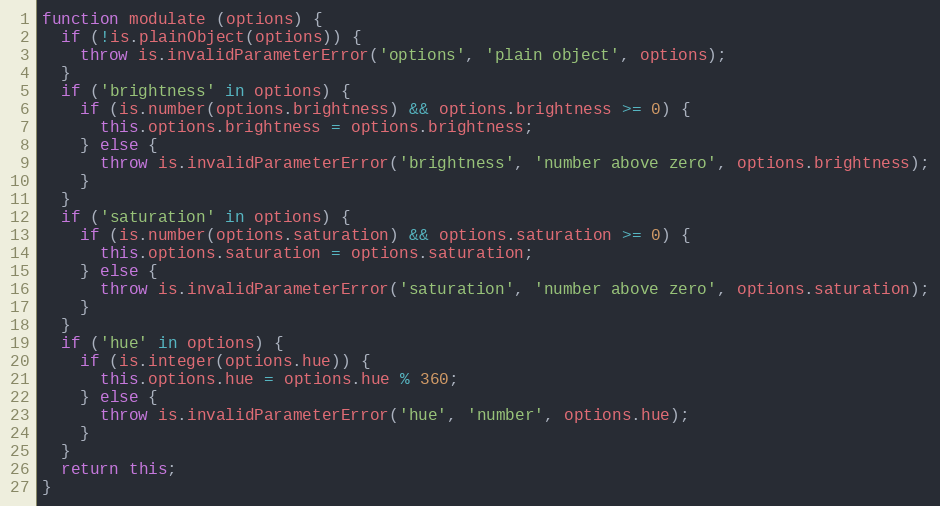
Language: JavaScript
function modulate (options) {
  if (!is.plainObject(options)) {
    throw is.invalidParameterError('options', 'plain object', options);
  }
  if ('brightness' in options) {
    if (is.number(options.brightness) && options.brightness >= 0) {
      this.options.brightness = options.brightness;
    } else {
      throw is.invalidParameterError('brightness', 'number above zero', options.brightness);
    }
  }
  if ('saturation' in options) {
    if (is.number(options.saturation) && options.saturation >= 0) {
      this.options.saturation = options.saturation;
    } else {
      throw is.invalidParameterError('saturation', 'number above zero', options.saturation);
    }
  }
  if ('hue' in options) {
    if (is.integer(options.hue)) {
      this.options.hue = options.hue % 360;
    } else {
      throw is.invalidParameterError('hue', 'number', options.hue);
    }
  }
  return this;
}